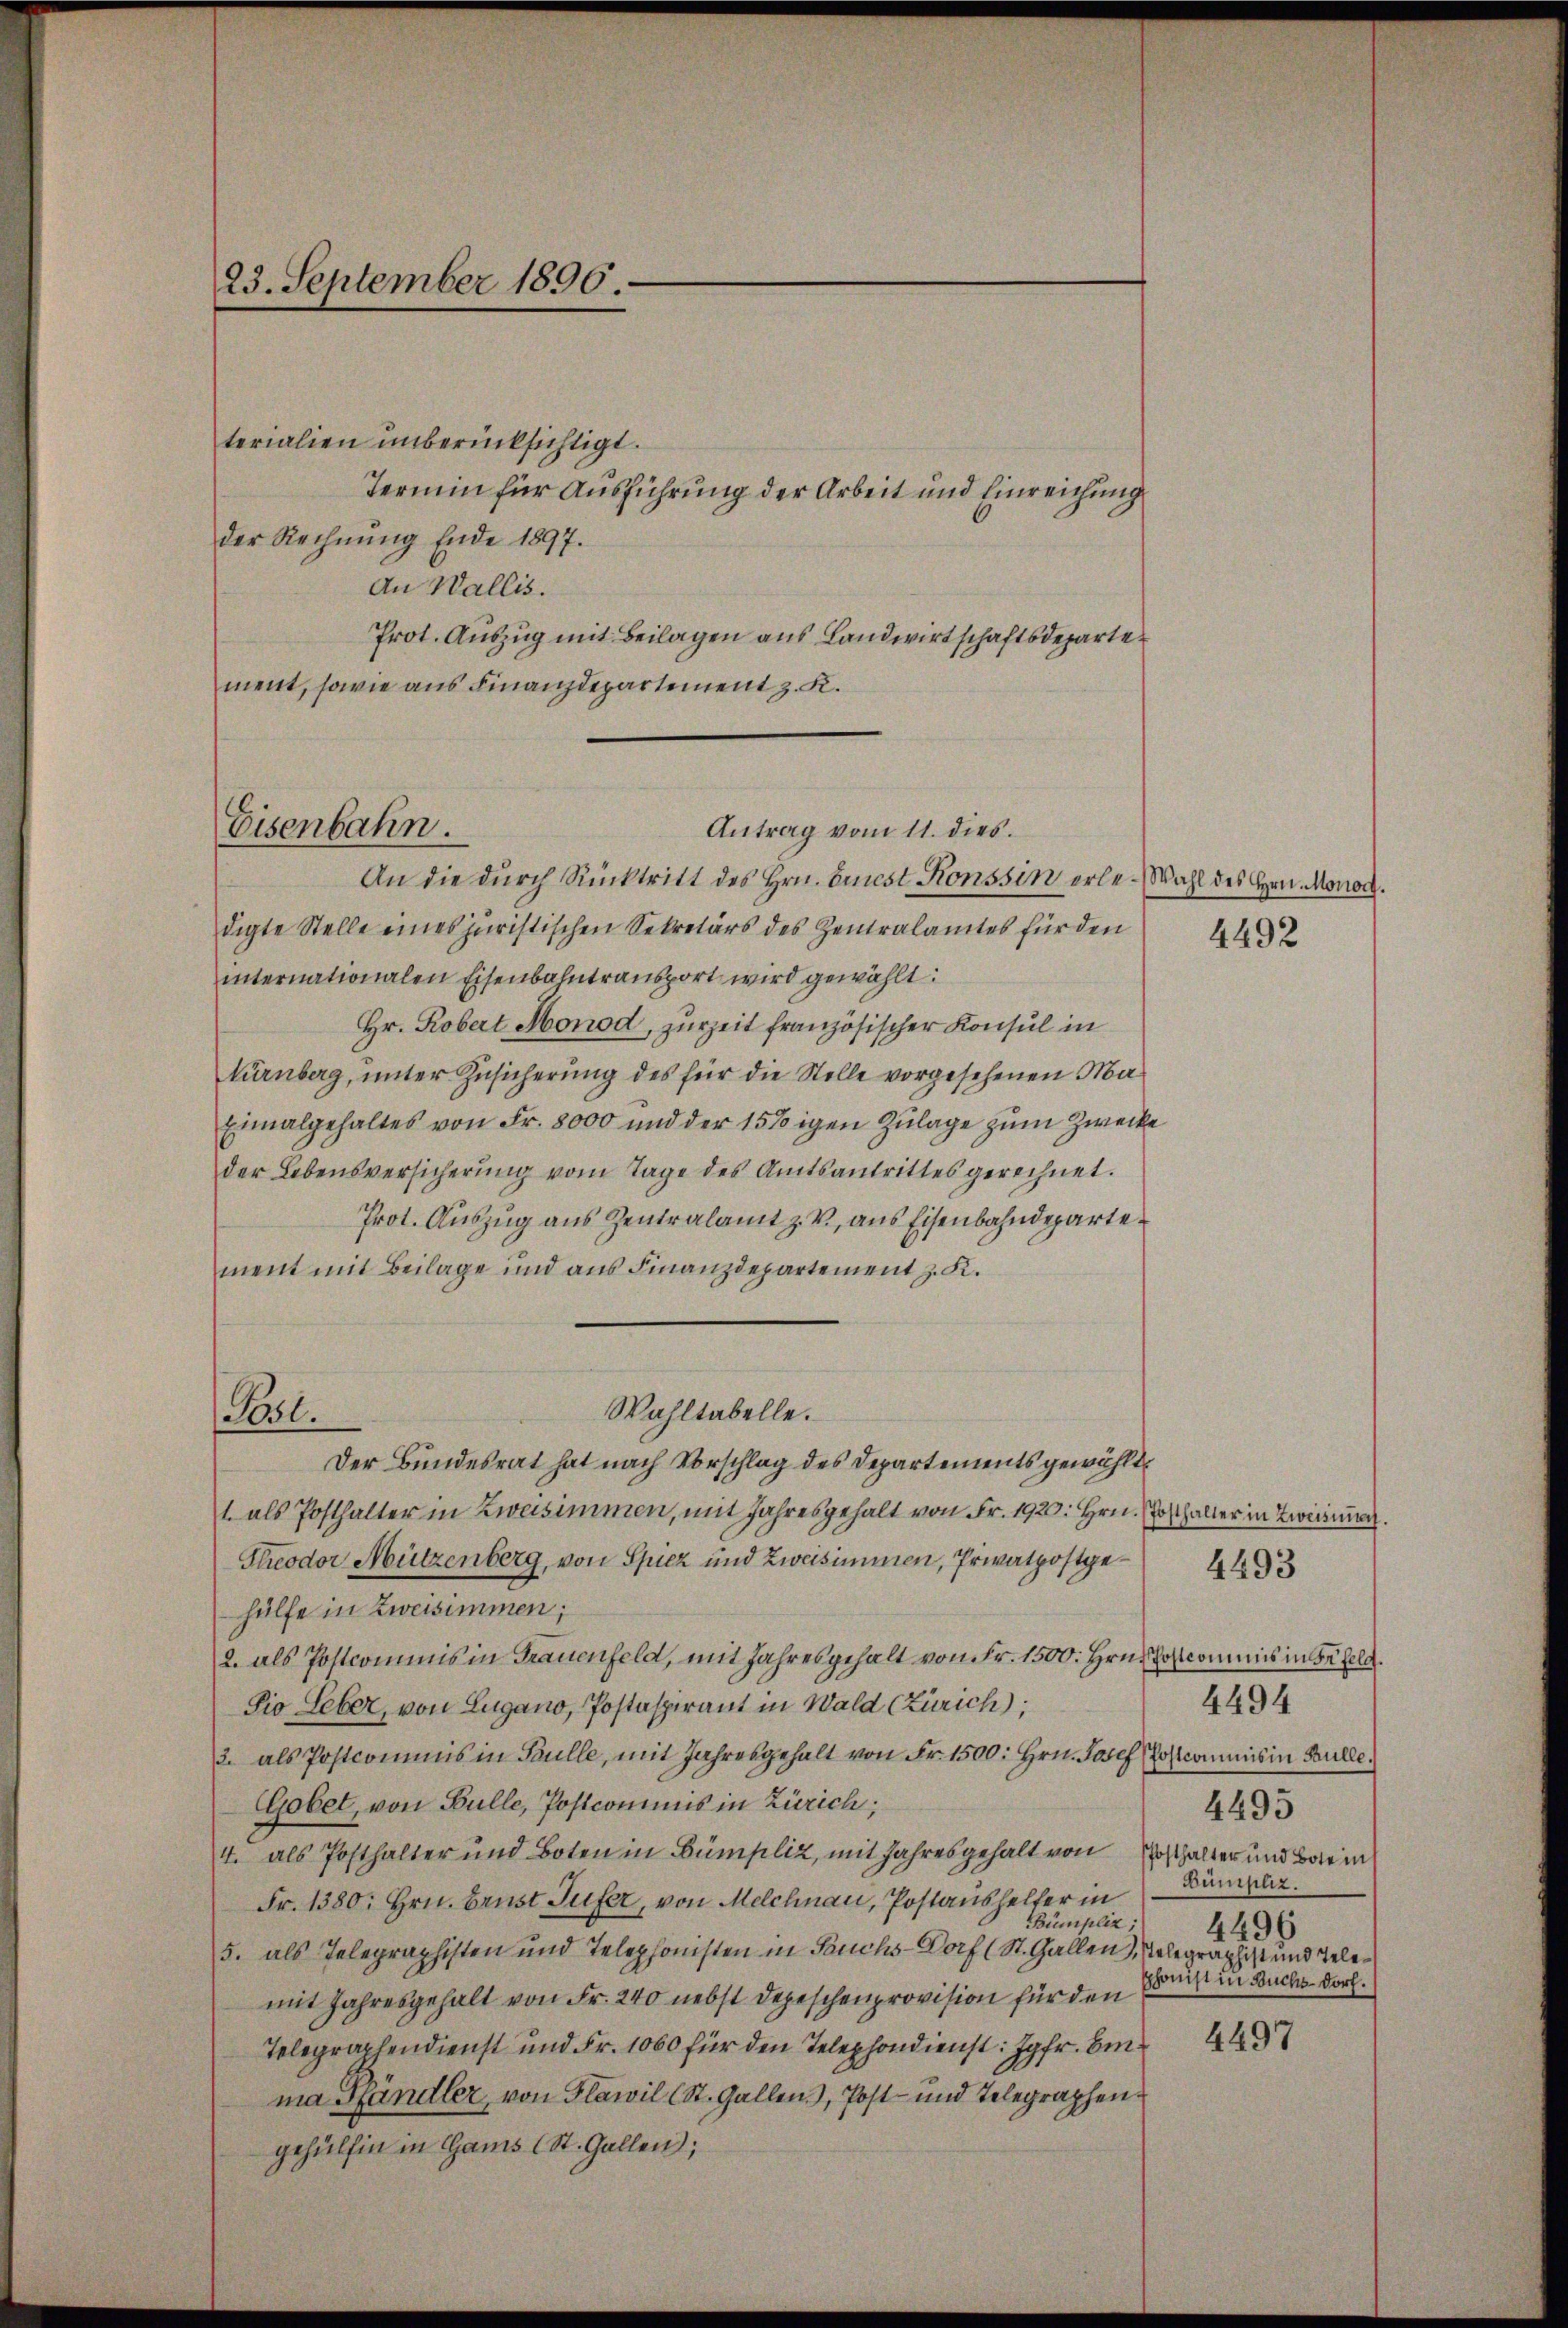
23. September 1896.

terialien unberücksichtigt.
Termin für Ausführung der Arbeit und Einreichung
der Rechnung Ende 1897.
An Wallis.
Prot. Auszug mit Beilagen aus Landwirtschaftsdepartement, sowie aus Finanzdepartement z. K.

Eisenbahn.

Pasl.

Antrag vom 11. dies.

An die durch Rücktritt des Hrn. Ernst Konssin erle-Wahl des Hrn. Monod.
digte Stelle eines juristischen Sekretärs des Zentralamtes für den
internationalen Eisenbahntransport wird gewählt
Hr. Robert Monod, zurzeit französischer Konsul in
Nürnberg, unter Zusicherung des für die Stelle vorgesehenen Ma¬
Einalgehaltes von Fr. 8000 und der 157igen Zulage zum Zwecke
der Lebensversicherŭng vom Tage des Amtsantrittes gerechnet.
Prot. Auszug aus Zentralamt z. V., aus Eisenbahndepartement mit Beilage und aus Finanzdepartement z. K.
Der Bundesrat hat nach Vorschlag des Departements gewählt
1. als Posthalter in Zweisimmen, mit Jahresgehalt von Fr. 1920. Hrn. Posthalter in Zweisun
Theodor Mützenberg, von Spiez und Zweisimmen, Privatpostgehülfe in Zweisimmen;
2. als Postcommis in Frauenfeld, mit Jahresgehalt von Fr. 1500. Hrn. Postcommis in Befeld.
Sio Seber, von Lugano, Postaspirant in Wald (Zürich),
2. als Postcommis in Paulle, mit Jahresgehalt von Fr. 1500. Hrn. Josef Postcommis in Bulle.
Gobet, von Bulle, Postcommis in Zürich;
4. als Posthalter und Boten in Bümpliz, mit Jahresgehalt von
Fr. 1380: Hrn. Brust Gufer, von Melchnau, Postaushelfer in
Bümpliz;
5. als Telegraphisten und Telephonisten in Fruchs-Dorf (St. Gallen), Relegraphist und Telemit Jahresgehalt von Fr. 240 nebst Depeschenprovision für den
Telegraphendienst und Fr. 1060 für den Telephondienst: Jgfr. Einma Pfändler, von Flawil (St. Gallens, Post- und Telegraphengehülfen in Gams (St. Gallen,

Wahltabelle.

4492

4494
4495
Posthalter und Bote in
Bümpliz.
4496
pphonist in Buchs Dorf.

4493

4497